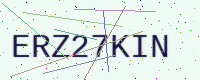
Text: ERZ27KIN